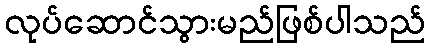
လုပ်ဆောင်သွားမည်ဖြစ်ပါသည်